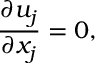
\frac { \partial u _ { j } } { \partial x _ { j } } = 0 ,